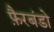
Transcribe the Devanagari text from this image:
फ़ैरबंडो